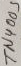
Text: TN4005